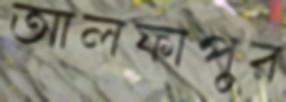
আলফাপুর